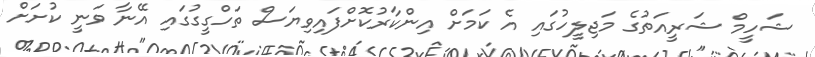
ޝަހީމް ޝަރީއަތުގެ މަޖިލީހުގައި އެ ކަމަށް އިންކާރުކޮށްފައިވިޔަސް ތަހްގީގުގައި އޭނާ ވަނީ ކުށަށް